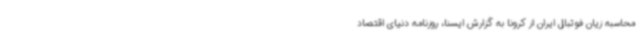
محاسبه زیان فوتبال ایران از کرونا به گزارش ایسنا، روزنامه دنیای اقتصاد